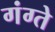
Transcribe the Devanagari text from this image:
गंग्ते